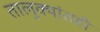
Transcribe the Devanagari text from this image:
तालुक्यांतही